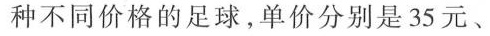
种不同价格的足球，单价分别是35元、